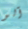
آلو